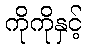
ကိုကိုနှင့်